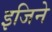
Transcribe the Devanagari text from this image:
इजिने